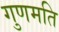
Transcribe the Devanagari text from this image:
गुणमति